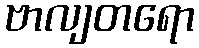
ဗာလျတရော